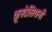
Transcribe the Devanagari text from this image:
क्रूस्टेसियनों